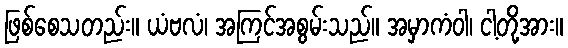
ဖြစ်စေသတည်း။ ယံဗလံ၊ အကြင်အစွမ်းသည်။ အမှာကံဝါ၊ ငါ့တို့အား။